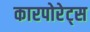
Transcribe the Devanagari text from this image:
कारपोरेट्स